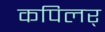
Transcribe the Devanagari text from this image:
कपिलर्